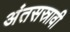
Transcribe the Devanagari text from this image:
अंतसस्रावी